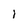
Character: I